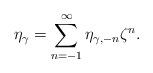
LaTeX: \begin{align*}\eta_{\gamma} = \sum_{n=-1}^{\infty} \eta_{\gamma,-n}\zeta^n \rlap{.}\end{align*}